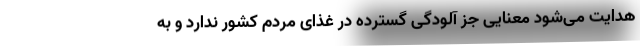
هدایت می‌شود معنایی جز آلودگی گسترده در غذای مردم کشور ندارد و به